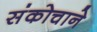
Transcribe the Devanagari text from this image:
संकोचाने